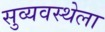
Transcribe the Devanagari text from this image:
सुव्यवस्थेला